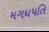
મગધપતિ